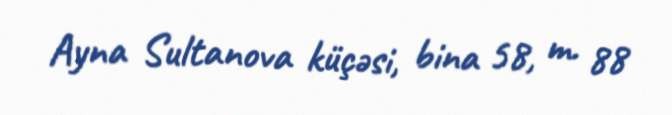
Ayna Sultanova küçəsi, bina 58, m. 88